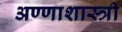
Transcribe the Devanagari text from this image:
अण्णाशास्त्री